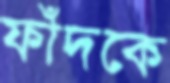
ফাঁদকে